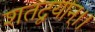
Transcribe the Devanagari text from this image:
शतद्वयान्।।